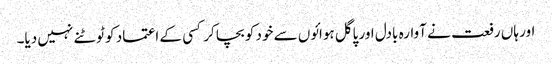
اور ہاں رفعت نے آوارہ بادل اور پاگل ہوائوں سے خود کو بچا کر کسی کے اعتماد کو ٹوٹنے نہیں دیا۔